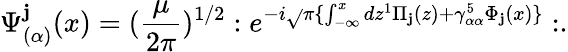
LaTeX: \Psi_{(\alpha)}^{\mathbf{j}}(x)=(\frac{{\mu}}{{2\pi}})^{1/2}:e^{-i\sqrt{}{{\pi}}\{ \int_{-\infty}^{x}dz^{1}\Pi_{\mathbf{j}}(z)+\gamma_{\alpha\alpha}^{5}\Phi_{\mathbf{j}}(x)\} }:.